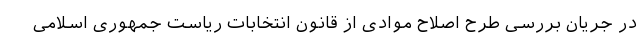
در جریان بررسی طرح اصلاح موادی از قانون انتخابات ریاست جمهوری اسلامی